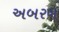
અબરખ